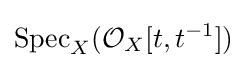
\operatorname {Spec} _{X}({\mathcal {O}}_{X}[t,t^{-1}])